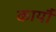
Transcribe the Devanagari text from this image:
कार्यौं